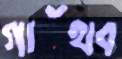
গাঁথব